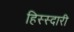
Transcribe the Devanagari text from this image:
हिस्स्दारी